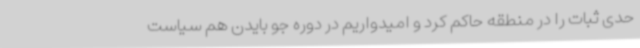
حدی ثبات را در منطقه حاکم کرد و امیدواریم در دوره جو بایدن هم سیاست